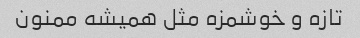
تازه و خوشمزه مثل همیشه ممنون